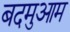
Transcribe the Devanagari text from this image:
बदमुआम